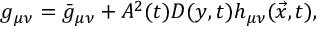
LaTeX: g _ { \mu \nu } = \bar { g } _ { \mu \nu } + A ^ { 2 } ( t ) D ( y , t ) h _ { \mu \nu } ( \vec { x } , t ) ,